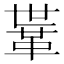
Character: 𩊈